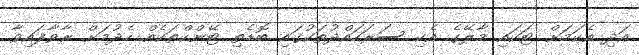
އަދި އެކަމަށް ޓަކައި މާލޭގެ އެކި ސަރަހައްދުތަކުގައި ބޮޑެތި ޓޭންކްތަކެއް ހެދުމަށް ރާވާފައިވާ